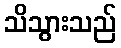
သိသွားသည်